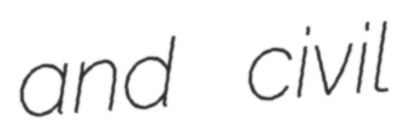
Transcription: and civil